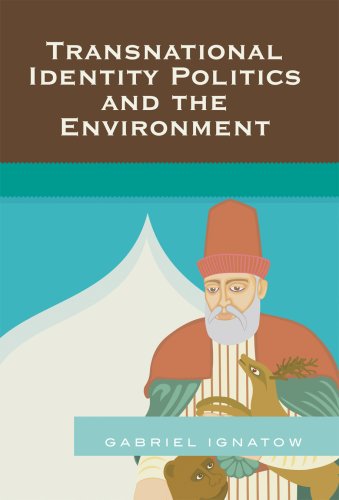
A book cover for Transnational Identity Politics and the Environment; Gabriel Ignatow; Business & Money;